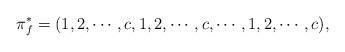
LaTeX: \begin{align*}\pi_f^*=(1,2,\cdots,c,1,2,\cdots,c,\cdots,1,2,\cdots,c),\end{align*}